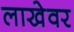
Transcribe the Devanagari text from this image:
लाखेवर